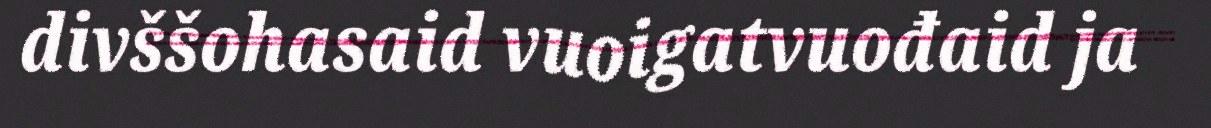
divššohasaid vuoigatvuođaid ja